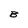
Character: B